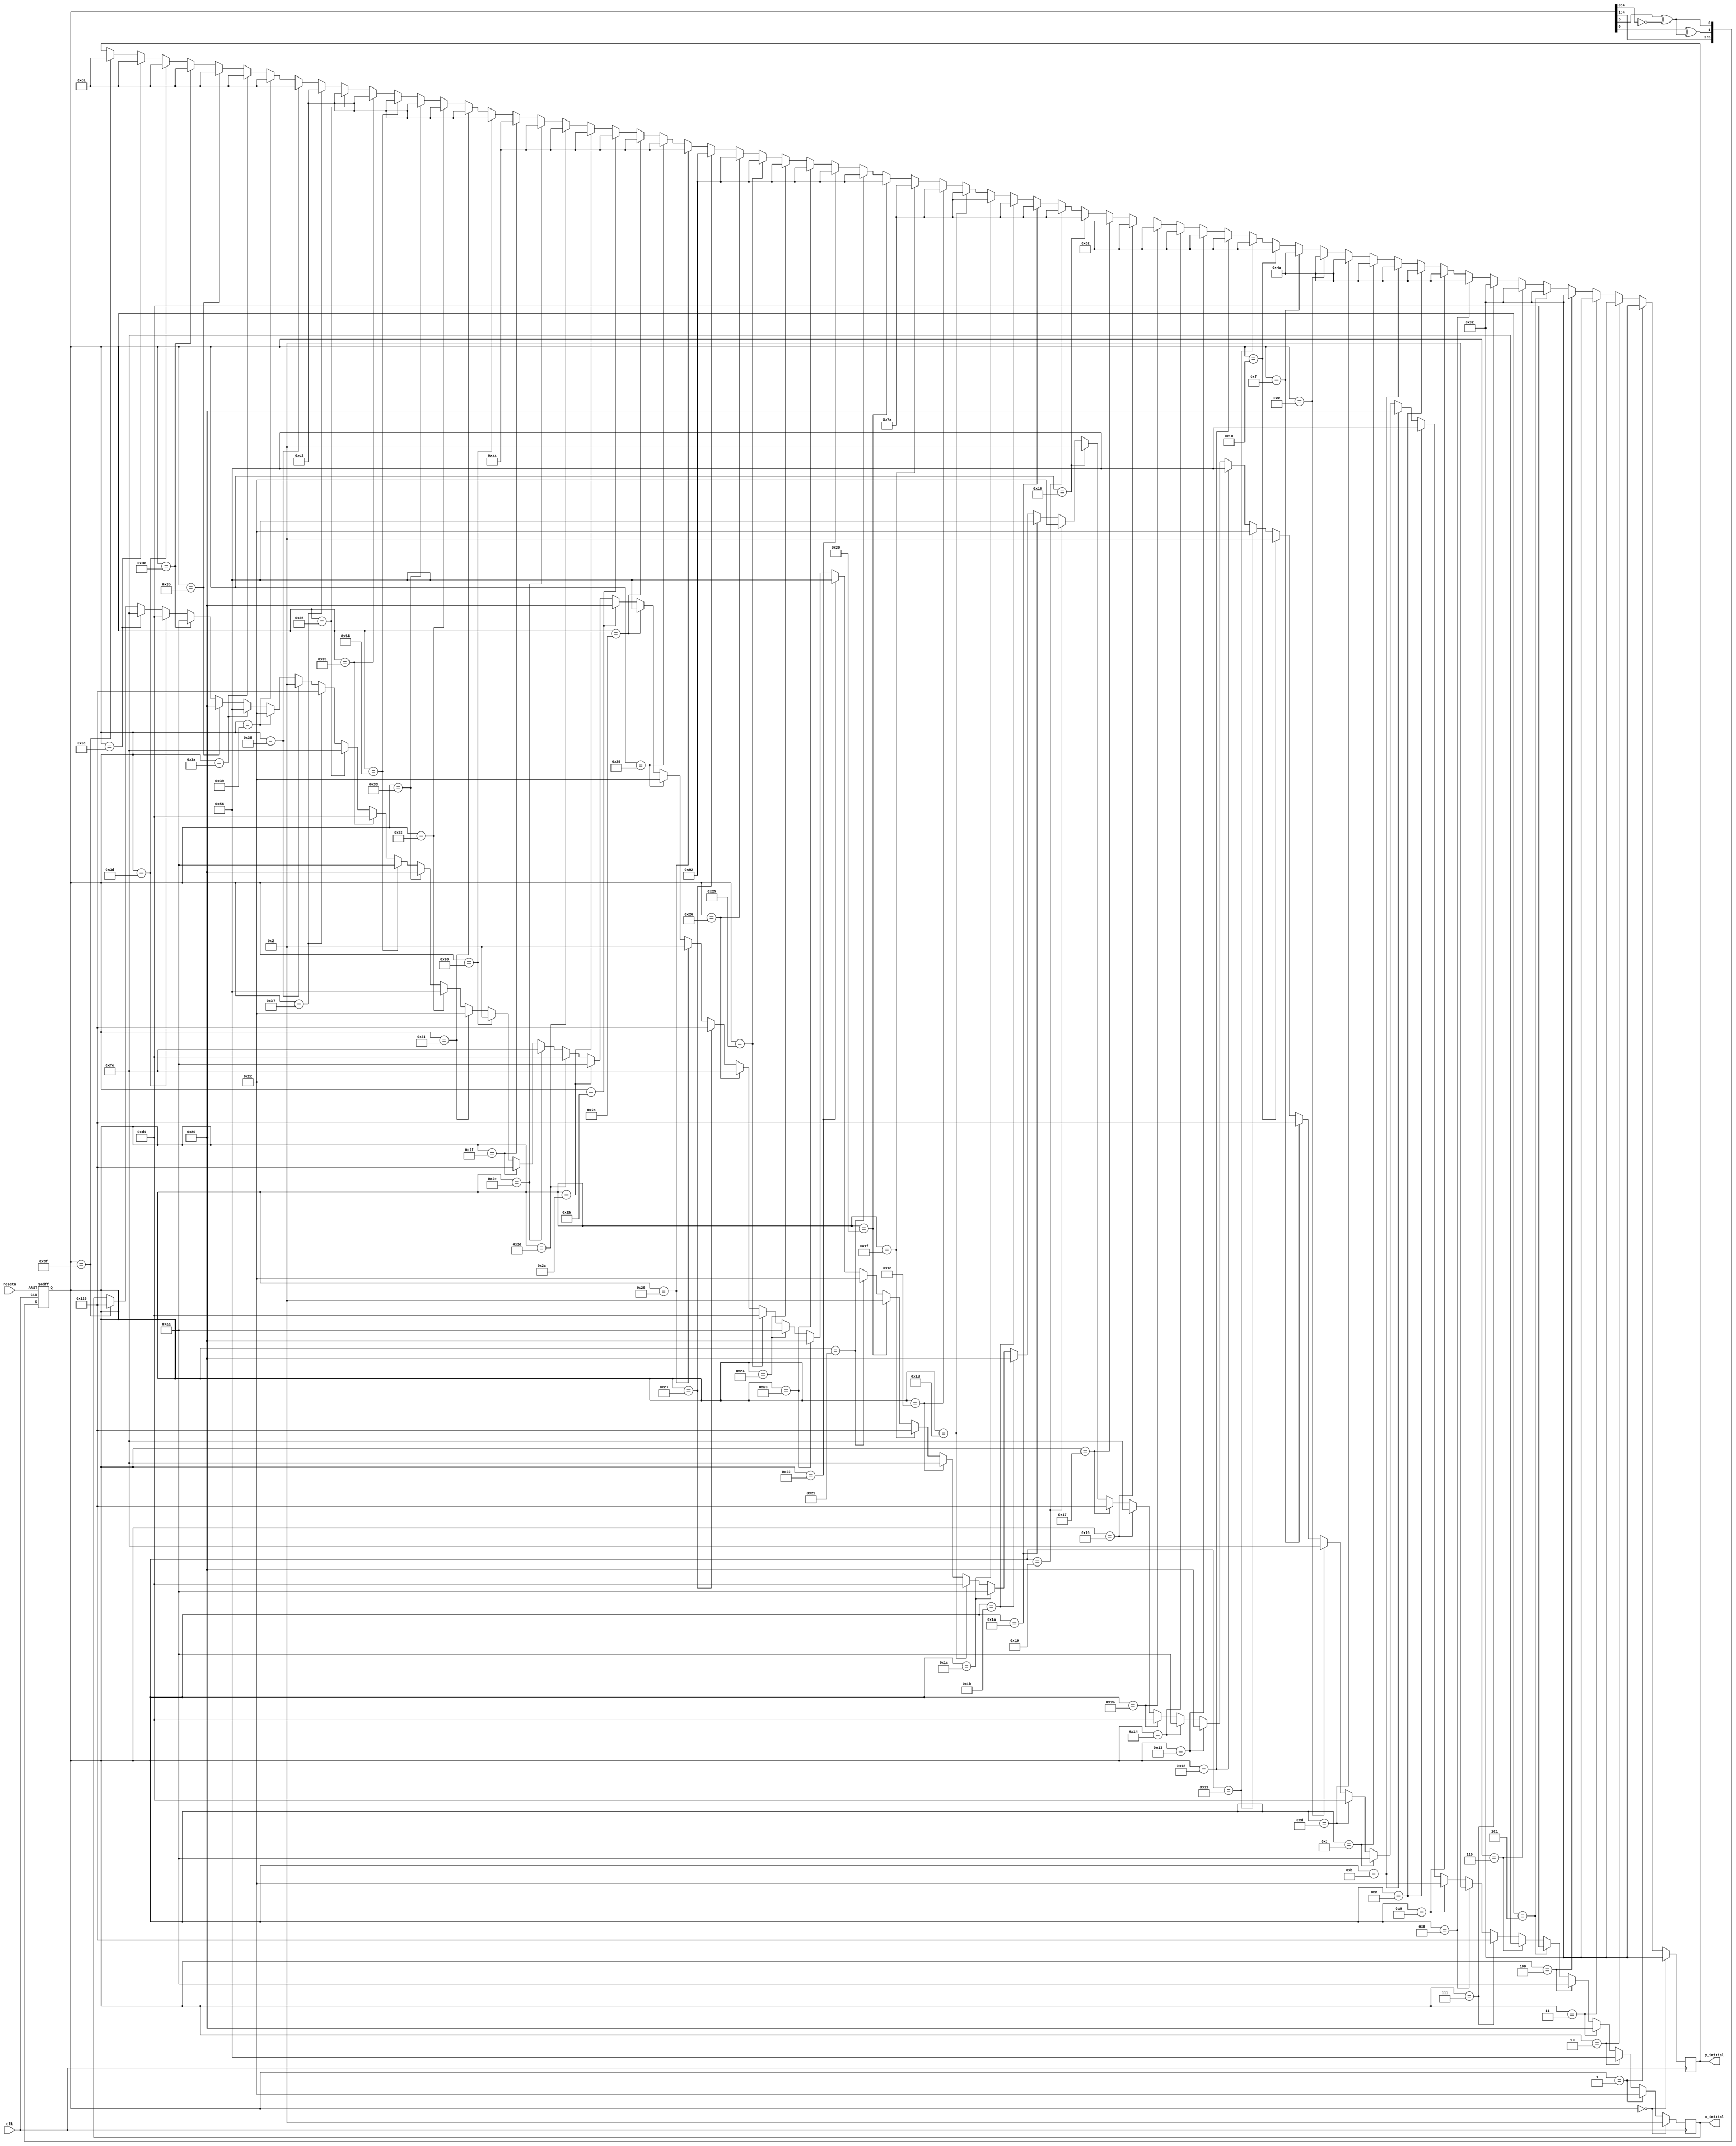

module lfsr(
  input clk,
  input resetn,
  output reg [8:0] x_initial,
  output reg [7:0] y_initial
);

reg [5:0] data = 6'd63;

wire feedback = data[5]^(data[4:0] == 5'b00000);


//always @* begin
//
//	data_next = data;
//	count_next = count;
//	
//	data_next = {data[4:0], feedback}; 
//	count_next = count + 1;
//	
//	if (count == 4'd13) 
//		count = 0;
//
// /* data_next[5] = data[5]^data[4];
//  data_next[4] = data[4]^data[1];
//  data_next[3] = data[3]^data[0];
//  data_next[2] = data[2]^data_next[5];
//  data_next[1] = data[1]^data_next[4];
//  data_next[0] = data[0]^data_next[3]; */
//end



always @(posedge clk or negedge resetn) begin
  if(!resetn) begin
    data <= 6'd63;
	end
	
  else begin
    data[0] <= feedback;
	 data[1] <= data[0] ^ feedback;
	 data[2] <= data[1];
	 data[3] <= data[2];
	 data[4] <= data[3];
	 data[5] <= data[4];
	 end
end

always @(posedge clk) begin
    if (data == 6'd0) begin
	x_initial <= 9'd2;
	y_initial <= 8'd50;
    end

    else if (data == 6'd1) begin
	x_initial <= 9'd44;
	y_initial <= 8'd50;
    end

    else if (data == 6'd2) begin
	x_initial <= 9'd86;
	y_initial <= 8'd50;
    end

    else if (data == 6'd3) begin
	x_initial <= 9'd128;
	y_initial <= 8'd50;
    end

    else if (data == 6'd4) begin
	x_initial <= 9'd170;
	y_initial <= 8'd50;
    end

    else if (data == 6'd5) begin
	x_initial <= 9'd212;
	y_initial <= 8'd50;
    end

    else if (data == 6'd6) begin
	x_initial <= 9'd254;
	y_initial <= 8'd50;
    end

    else if (data == 6'd7) begin
	x_initial <= 9'd296;
	y_initial <= 8'd50;
    end

    else if (data == 6'd8) begin
	x_initial <= 9'd2;
	y_initial <= 8'd74;
    end

    else if (data == 6'd9) begin
	x_initial <= 9'd44;
	y_initial <= 8'd74;
    end

    else if (data == 6'd10) begin
	x_initial <= 9'd86;
	y_initial <= 8'd74;
    end

    else if (data == 6'd11) begin
	x_initial <= 9'd128;
	y_initial <= 8'd74;
    end

    else if (data == 6'd12) begin
	x_initial <= 9'd170;
	y_initial <= 8'd74;
    end

    else if (data == 6'd13) begin
	x_initial <= 9'd212;
	y_initial <= 8'd74;
    end

    else if (data == 6'd14) begin
	x_initial <= 9'd254;
	y_initial <= 8'd74;
    end

    else if (data == 6'd15) begin
	x_initial <= 9'd296;
	y_initial <= 8'd74;
    end

    else if (data == 6'd16) begin
	x_initial <= 9'd2;
	y_initial <= 8'd98;
    end

    else if (data == 6'd17) begin
	x_initial <= 9'd44;
	y_initial <= 8'd98;
    end

    else if (data == 6'd18) begin
	x_initial <= 9'd86;
	y_initial <= 8'd98;
    end

    else if (data == 6'd19) begin
	x_initial <= 9'd128;
	y_initial <= 8'd98;
    end

    else if (data == 6'd20) begin
	x_initial <= 9'd170;
	y_initial <= 8'd98;
    end

    else if (data == 6'd21) begin
	x_initial <= 9'd212;
	y_initial <= 8'd98;
    end

    else if (data == 6'd22) begin
	x_initial <= 9'd254;
	y_initial <= 8'd98;
    end

    else if (data == 6'd23) begin
	x_initial <= 9'd296;
	y_initial <= 8'd98;
    end

    else if (data == 6'd24) begin
	x_initial <= 9'd2;
	y_initial <= 8'd122;
    end

    else if (data == 6'd25) begin
	x_initial <= 9'd44;
	y_initial <= 8'd122;
    end

    else if (data == 6'd26) begin
	x_initial <= 9'd86;
	y_initial <= 8'd122;
    end

    else if (data == 6'd27) begin
	x_initial <= 9'd128;
	y_initial <= 8'd122;
    end

    else if (data == 6'd28) begin
	x_initial <= 9'd170;
	y_initial <= 8'd122;
    end

    else if (data == 6'd29) begin
	x_initial <= 9'd212;
	y_initial <= 8'd122;
    end

    else if (data == 6'd30) begin
	x_initial <= 9'd254;
	y_initial <= 8'd122;
    end

    else if (data == 6'd31) begin
	x_initial <= 9'd296;
	y_initial <= 8'd122;
    end

    else if (data == 6'd32) begin
	x_initial <= 9'd2;
	y_initial <= 8'd146;
    end

    else if (data == 6'd33) begin
	x_initial <= 9'd44;
	y_initial <= 8'd146;
    end

    else if (data == 6'd34) begin
	x_initial <= 9'd86;
	y_initial <= 8'd146;
    end

    else if (data == 6'd35) begin
	x_initial <= 9'd128;
	y_initial <= 8'd146;
    end

    else if (data == 6'd36) begin
	x_initial <= 9'd170;
	y_initial <= 8'd146;
    end

    else if (data == 6'd37) begin
	x_initial <= 9'd212;
	y_initial <= 8'd146;
    end

    else if (data == 6'd38) begin
	x_initial <= 9'd254;
	y_initial <= 8'd146;
    end

    else if (data == 6'd39) begin
	x_initial <= 9'd296;
	y_initial <= 8'd146;
    end

    else if (data == 6'd40) begin
	x_initial <= 9'd2;
	y_initial <= 8'd170;
    end

    else if (data == 6'd41) begin
	x_initial <= 9'd44;
	y_initial <= 8'd170;
    end

    else if (data == 6'd42) begin
	x_initial <= 9'd86;
	y_initial <= 8'd170;
    end

    else if (data == 6'd43) begin
	x_initial <= 9'd128;
	y_initial <= 8'd170;
    end

    else if (data == 6'd44) begin
	x_initial <= 9'd170;
	y_initial <= 8'd170;
    end

    else if (data == 6'd45) begin
	x_initial <= 9'd212;
	y_initial <= 8'd170;
    end

    else if (data == 6'd46) begin
	x_initial <= 9'd254;
	y_initial <= 8'd170;
    end

    else if (data == 6'd47) begin
	x_initial <= 9'd296;
	y_initial <= 8'd170;
    end

    else if (data == 6'd48) begin
	x_initial <= 9'd2;
	y_initial <= 8'd194;
    end

    else if (data == 6'd49) begin
	x_initial <= 9'd44;
	y_initial <= 8'd194;
    end

    else if (data == 6'd50) begin
	x_initial <= 9'd86;
	y_initial <= 8'd194;
    end

    else if (data == 6'd51) begin
	x_initial <= 9'd128;
	y_initial <= 8'd194;
    end

    else if (data == 6'd52) begin
	x_initial <= 9'd170;
	y_initial <= 8'd194;
    end

    else if (data == 6'd53) begin
	x_initial <= 9'd212;
	y_initial <= 8'd194;
    end

    else if (data == 6'd54) begin
	x_initial <= 9'd254;
	y_initial <= 8'd194;
    end

    else if (data == 6'd55) begin
	x_initial <= 9'd296;
	y_initial <= 8'd194;
    end

    else if (data == 6'd56) begin
	x_initial <= 9'd2;
	y_initial <= 8'd218;
    end

    else if (data == 6'd57) begin
	x_initial <= 9'd44;
	y_initial <= 8'd218;
    end

    else if (data == 6'd58) begin
	x_initial <= 9'd86;
	y_initial <= 8'd218;
    end

    else if (data == 6'd59) begin
	x_initial <= 9'd128;
	y_initial <= 8'd218;
    end

    else if (data == 6'd60) begin
	x_initial <= 9'd170;
	y_initial <= 8'd218;
    end

    else if (data == 6'd61) begin
	x_initial <= 9'd212;
	y_initial <= 8'd218;
    end

    else if (data == 6'd62) begin
	x_initial <= 9'd254;
	y_initial <= 8'd218;
    end

    else if (data == 6'd63) begin
	x_initial <= 9'd296;
	y_initial <= 8'd218;
    end

  
 end

endmodule